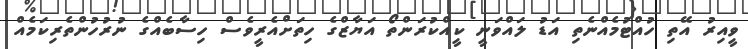
ވީއިރު އޭތި ހުއްޓުމެއްނެތި އަޑު ލައްވަނީ ކީއްކުރަންތޯ އަޔާޒްގެ ހިތަށްއެރީވެސް ހިސާބެއްގެ ނުރުހުންތެރިކަމެއް